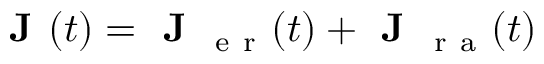
\textbf { J } ( t ) = \textbf { J } _ { \mathrm { ~ e ~ r ~ } } ( t ) + \textbf { J } _ { \mathrm { ~ r ~ a ~ } } ( t )